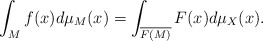
\begin{align*}\int_{M} f(x)d\mu_M(x)=\int_{\overline{F(M)}} F(x)d\mu_X(x).\end{align*}